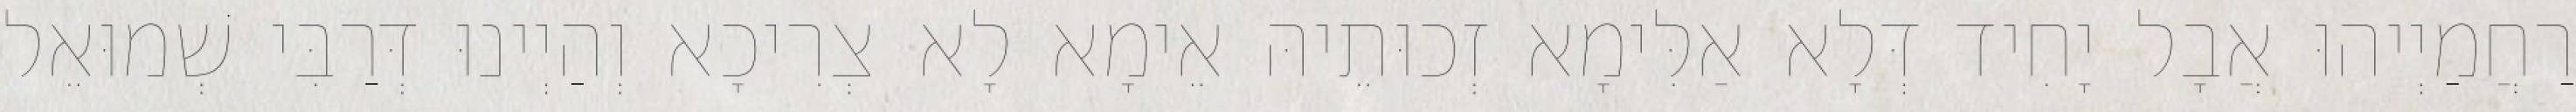
רַחֲמַיְיהוּ אֲבָל יָחִיד דְּלָא אַלִּימָא זְכוּתֵיהּ אֵימָא לָא צְרִיכָא וְהַיְינוּ דְּרַבִּי שְׁמוּאֵל